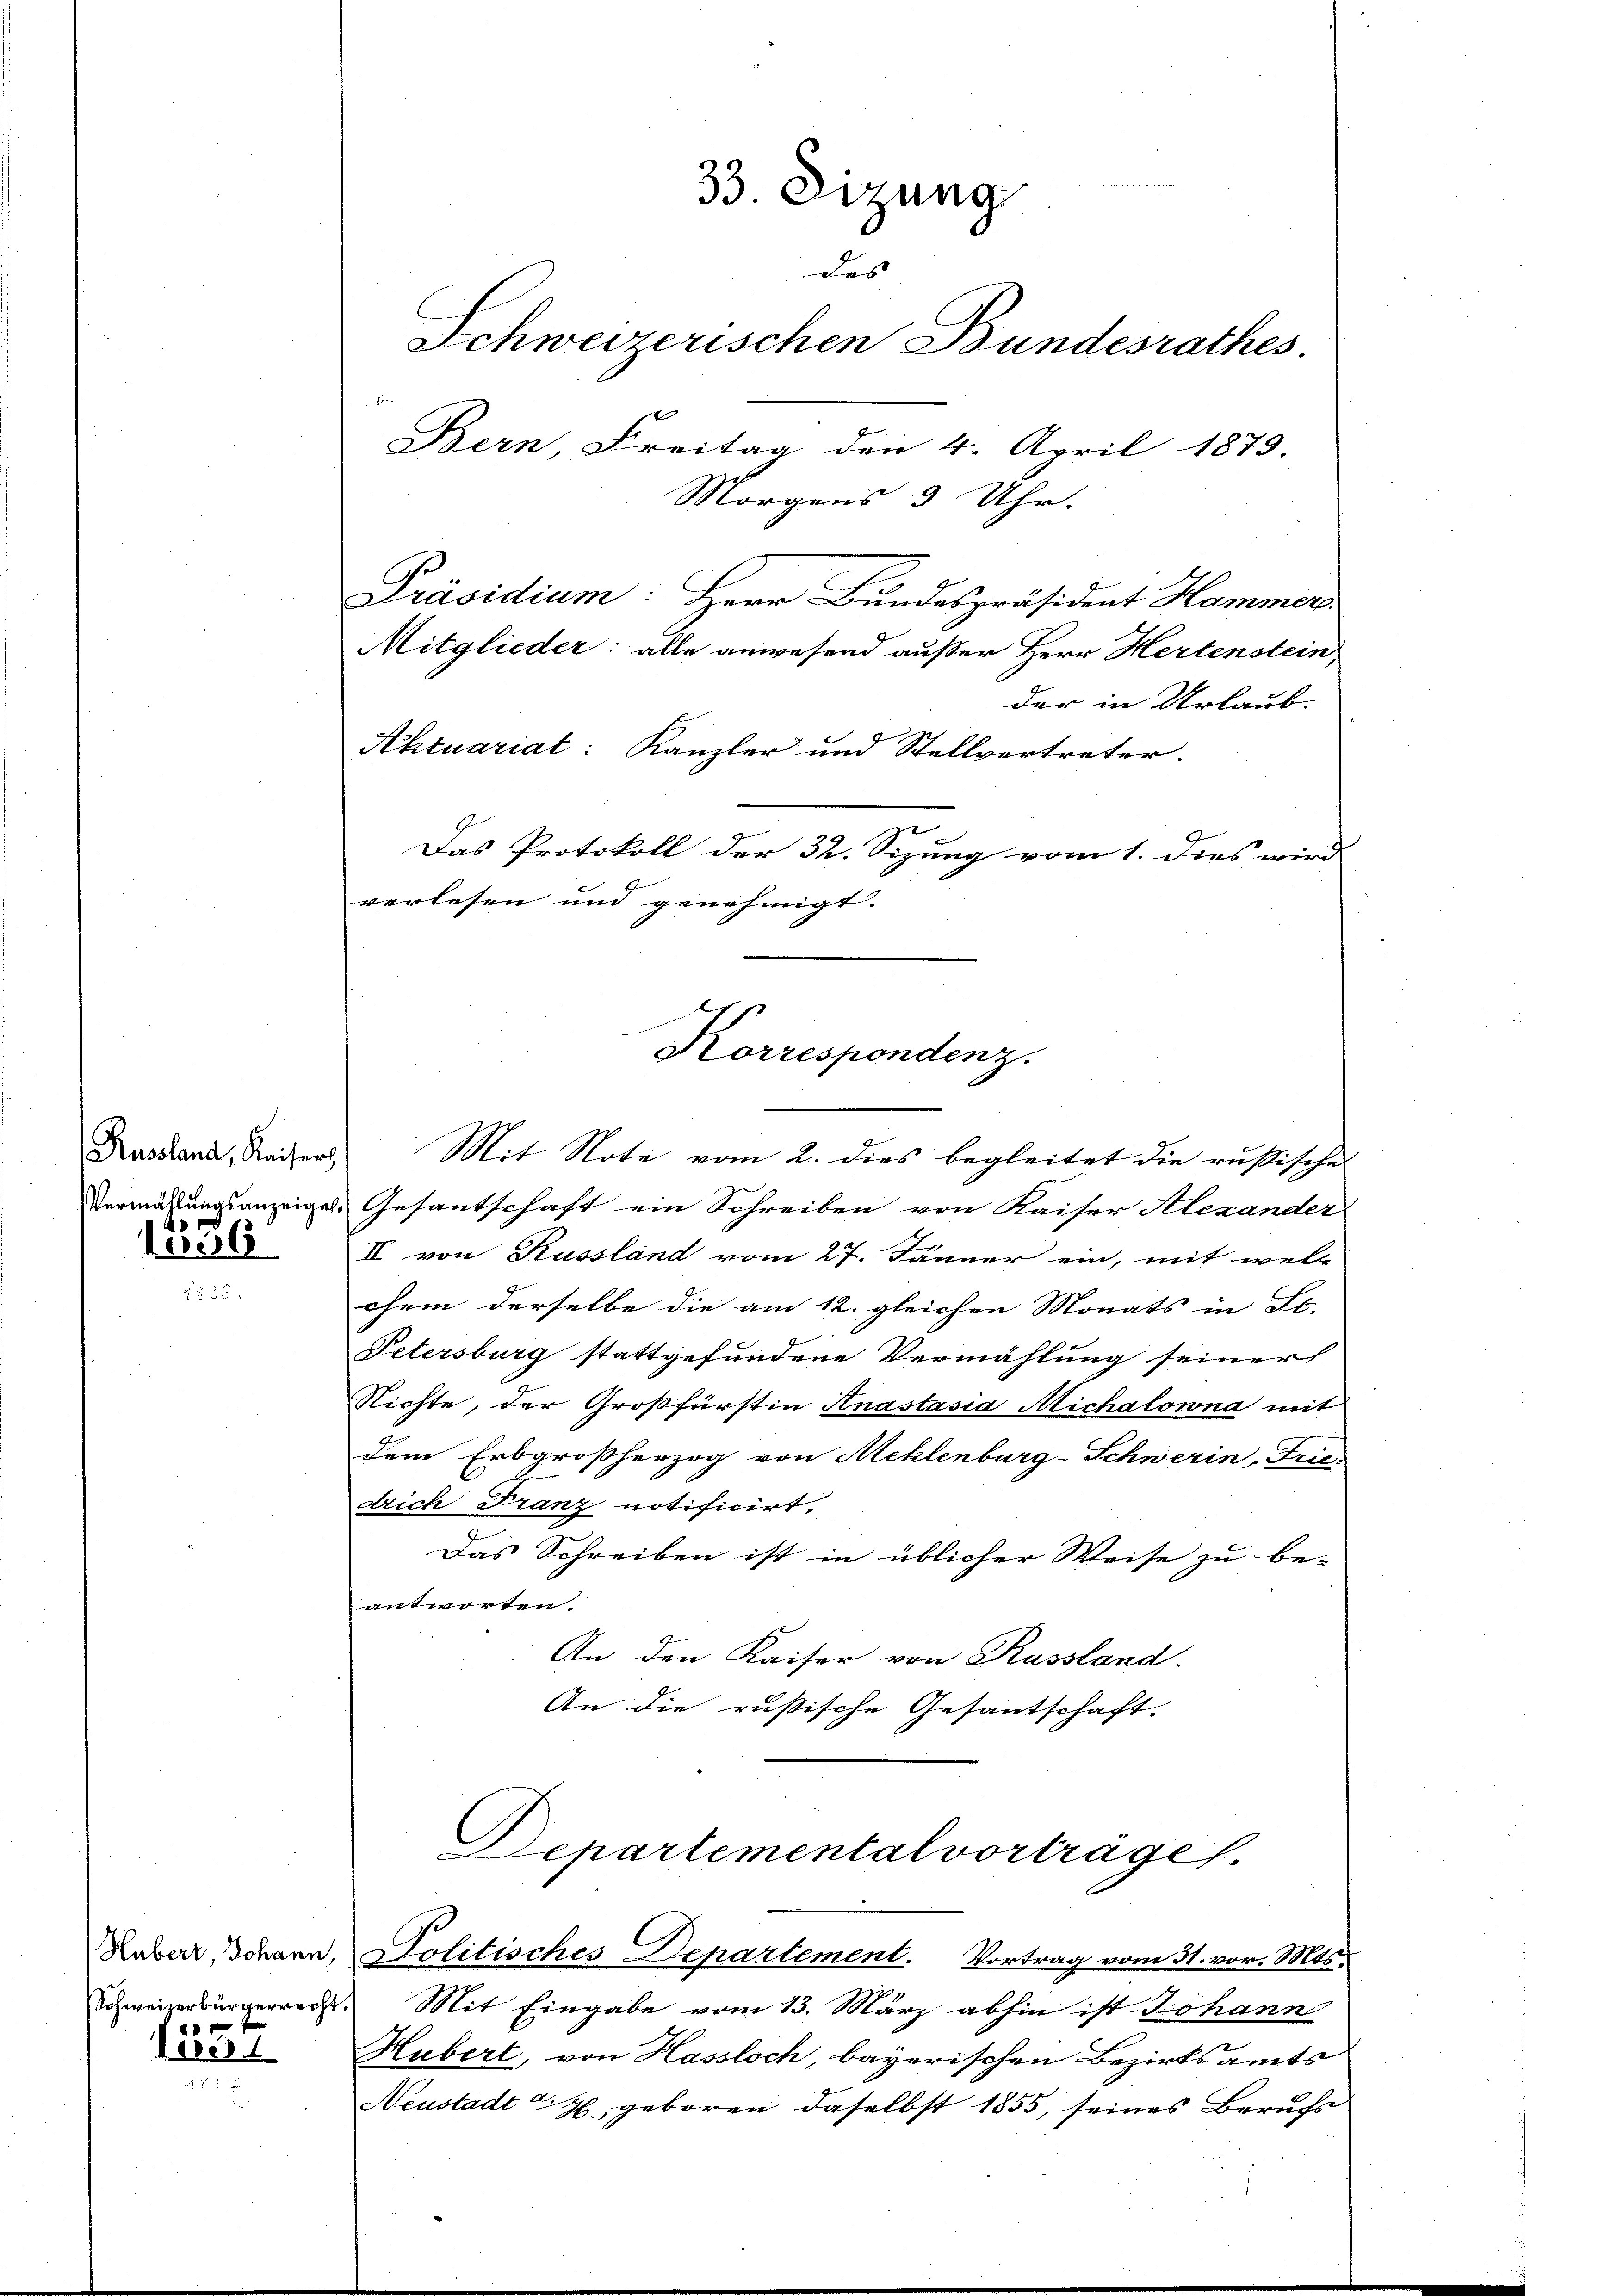
Russland, Kaiserh
4
10056

x f

ere

33. Dizung
des
Schweizerischen Bundesrathes.
Bern, Freitag den 4. April 1873.
Morgens 3 Uhr.
Präsidium: Herr Bundespräsident Hammer.
Mitglieder: alle anwesend außer Herr Hertenstein,

der in Urlaub.
Aktuarial: Kanzler und Stellvertreter.
Das Protokoll der 32. Sezung vom 1. dies wird
verlesen und genehmigt. |
Korrespondenz.
Mit Note vom 2. dies begleitet die russische

Vermässungsanzeiges Gesantschaft ein Schreiben von Kaiser Alexander
II von Kussland vom 27. Jänner ein, mit wel-
chem derselbe die am 12. gleichen Monats in Al.
Petersburg stattgefundene Vermählung seiner
Richte, der Großfürstin Anastasia Michalowna mit
dem Erbgroßherzog von Mehlenburg-Schwerin, Frie-
drich Franz notificirt.
Das Schreiben ist in üblicher Weise zu be-
antworten.
An den Kaiser von Russland.
An die rußische Gesantschaft.

Departemental vorträge.
Huber, Johann, Solitisches Departement. Vortrag vom 31. vor. Mts.

Schweizerbürgerrecht. Mit Eingabe vom 13. März abhin ist Johann
Hubert, von Hassloch; bayerischen Bezirksamts
Neustadt L. Z., geboren daselbst 1855, seines Beruchs